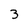
Character: 3